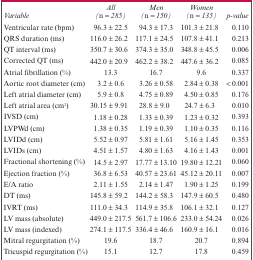
<table><thead><tr><td><b><i>Variable</i></b></td><td><b><i>All (n = 285)</i></b></td><td><b><i>Men (n = 150)</i></b></td><td><b><i>Women (n = 135)</i></b></td><td><b>p<i>-value</i></b></td></tr></thead><tbody><tr><td>Ventricular rate (bpm)</td><td>96.3 ± 22.5</td><td>94.3 ± 17.3</td><td>101.3 ± 21.8</td><td>0.110</td></tr><tr><td>QRS duration (ms)</td><td>116.0 ± 26.2</td><td>117.1 ± 24.5</td><td>107.8 ± 41.1</td><td>0.213</td></tr><tr><td>QT interval (ms)</td><td>350.7 ± 30.6</td><td>374.3 ± 35.0</td><td>348.8 ± 45.5</td><td>0.006</td></tr><tr><td>Corrected QT (ms)</td><td>442.0 ± 20.9</td><td>462.2 ± 38.2</td><td>447.6 ± 36.2</td><td>0.085</td></tr><tr><td>Atrial fibrillation (%)</td><td>13.3</td><td>16.7</td><td>9.6</td><td>0.337</td></tr><tr><td>Aortic root diameter (cm)</td><td>3.2 ± 0.6</td><td>3.26 ± 0.58</td><td>2.84 ± 0.38</td><td>&lt; 0.001</td></tr><tr><td>Left atrial diameter (cm)</td><td>5.9 ± 0.8</td><td>4.75 ± 0.89</td><td>4.50 ± 0.85</td><td>0.176</td></tr><tr><td>Left atrial area (cm<sup>2</sup>)</td><td>30.15 ± 9.91</td><td>28.8 ± 9.0</td><td>24.7 ± 6.3</td><td>0.010</td></tr><tr><td>IVSD (cm)</td><td>1.18 ± 0.28</td><td>1.33 ± 0.39</td><td>1.23 ± 0.32</td><td>0.393</td></tr><tr><td>LVPWd (cm)</td><td>1.38 ± 0.35</td><td>1.19 ± 0.39</td><td>1.10 ± 0.35</td><td>0.116</td></tr><tr><td>LVIDd (cm)</td><td>5.52 ± 0.97</td><td>5.81 ± 1.61</td><td>5.16 ± 1.45</td><td>0.353</td></tr><tr><td>LVIDs (cm)</td><td>4.51 ± 1.57</td><td>4.80 ± 1.63</td><td>4.16 ± 1.43</td><td>0.001</td></tr><tr><td>Fractional shortening (%)</td><td>14.5 ± 2.97</td><td>17.77 ± 13.10</td><td>19.80 ± 12.21</td><td>0.060</td></tr><tr><td>Ejection fraction (%)</td><td>36.8 ± 6.53</td><td>40.57 ± 23.61</td><td>45.12 ± 20.11</td><td>0.007</td></tr><tr><td>E/A ratio</td><td>2.11 ± 1.55</td><td>2.14 ± 1.47</td><td>1.90 ± 1.25</td><td>0.199</td></tr><tr><td>DT (ms)</td><td>145.8 ± 59.2</td><td>144.2 ± 58.3</td><td>147.9 ± 60.5</td><td>0.480</td></tr><tr><td>IVRT (ms)</td><td>111.0 ± 34.3</td><td>114.9 ± 35.8</td><td>106.1 ± 32.1</td><td>0.127</td></tr><tr><td>LV mass (absolute)</td><td>449.0 ± 217.5</td><td>561.7 ± 106.6</td><td>233.0 ± 54.24</td><td>0.026</td></tr><tr><td>LV mass (indexed)</td><td>274.1 ± 117.5</td><td>336.4 ± 46.6</td><td>160.9 ± 16.1</td><td>0.016</td></tr><tr><td>Mitral regurgitation (%)</td><td>19.6</td><td>18.7</td><td>20.7</td><td>0.894</td></tr><tr><td>Tricuspid regurgitation (%)</td><td>15.1</td><td>12.7</td><td>17.8</td><td>0.459</td></tr></tbody></table>